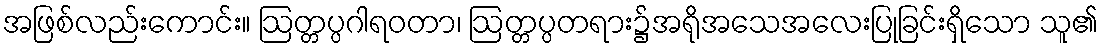
အဖြစ်လည်းကောင်း။ ဩတ္တပ္ပဂါရဝတာ၊ ဩတ္တပ္ပတရား၌အရိုအသေအလေးပြုခြင်းရှိသော သူ၏